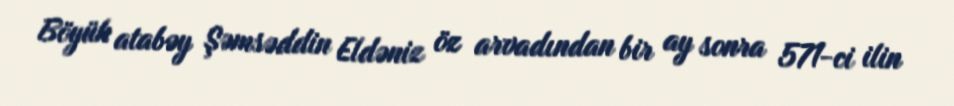
Böyük atabəy Şəmsəddin Eldəniz öz arvadından bir ay sonra 571-ci ilin